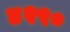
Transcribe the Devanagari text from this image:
४२९०